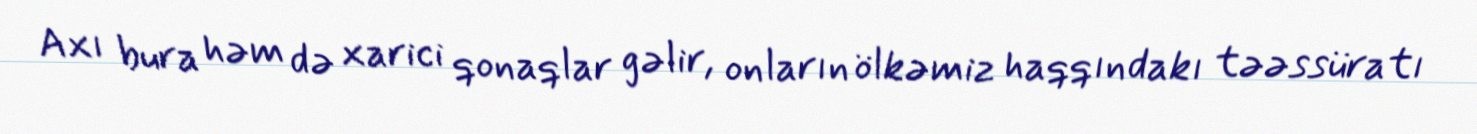
Axı bura həm də xarici qonaqlar gəlir, onların ölkəmiz haqqındakı təəssüratı